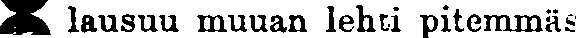
# lausuu muuan lehti pitemmäs